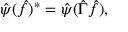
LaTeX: \hat { \psi } ( \hat { f } ) ^ { * } = \hat { \psi } ( \hat { \Gamma } \hat { f } ) ,